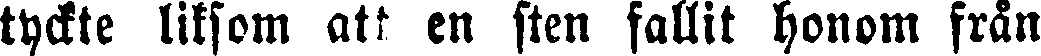
tyckte liksom att en sten fallit honom från